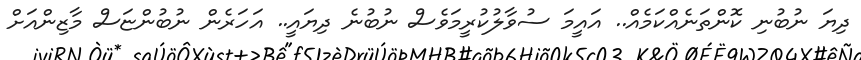
ދިޔަ ނުބުނި ކޮންތަނެއްކަމެއް.. އައީމަ ސުވާލުކުރީމަވެސް ނުބުނެ ދިޔައީ.. އަހަރެން ނުބުންޏަސް މާޒިންއަށް